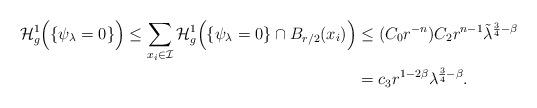
LaTeX: \begin{align*} \mathcal H_{g} ^1 \Big ( \{ \psi_{\lambda} =0 \} \Big ) \leq \sum_{x_i \in \mathcal I} \mathcal H_{g} ^1 \Big ( \{ \psi_{\lambda} =0 \} \cap B_{r/2}(x_i) \Big ) & \leq (C_0 r^{-n}) C_2 r^{n-1} {\tilde \lambda} ^{\frac{3}{4} -\beta } \\& =c_3 r^{1-2 \beta} \lambda^{\frac{3}{4} - \beta}. \end{align*}